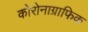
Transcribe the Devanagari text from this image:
कोरोनाग्राफिक